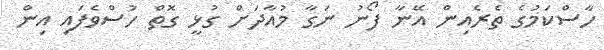
ހާސްކަމުގެ ތެރެއިން އޭނާ ފޯނު ނަގާ މުއާދަށް ގުޅީ ގޮތް ހުސްވެފައި އިން